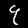
Digit: 9